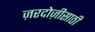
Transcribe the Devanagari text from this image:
ज़रदोज़ीसाठी